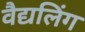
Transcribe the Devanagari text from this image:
वैद्यलिंग